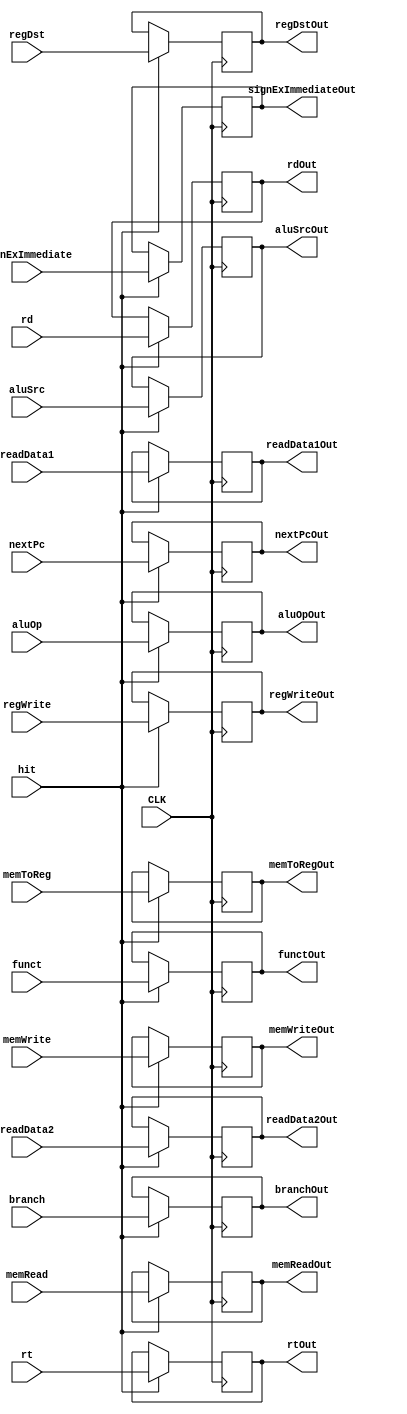
`timescale 1ns / 1ps




module ID_EX(

			input CLK,
			input hit,
			input [31:0] readData1,
			input [31:0] readData2,
			input [31:0] signExImmediate,
			input regDst,
			input aluSrc,
			input memToReg,
			input regWrite,
			input memRead,
			input memWrite,
			input branch,
			input [2:0] aluOp,
			input [4:0] rt,
			input [4:0] rd,
			input [5:0] funct,
			input [31:0] nextPc,
			
			output reg [31:0] readData1Out,
			output reg [31:0] readData2Out,
			output reg [31:0] signExImmediateOut,
			output reg regDstOut,
			output reg aluSrcOut,
			output reg memToRegOut,
			output reg regWriteOut,
			output reg memReadOut,
			output reg memWriteOut,
			output reg branchOut,
			output reg [2:0] aluOpOut,
			output reg [4:0] rtOut,
			output reg [4:0] rdOut,
			output reg [5:0] functOut,
			output reg [31:0] nextPcOut
			);
			
			// initial begin
			// readData1Out = 0 ;
			// readData2Out = 0 ;
			// signExImmediateOut = 0 ;
			// regDstOut = 0 ;
			// aluSrcOut = 0 ;
			// memToRegOut = 0 ;
			// regWriteOut = 0 ;
			// memReadOut = 0 ;
			// memWriteOut = 0 ;
			// branchOut = 0 ;
			// aluOpOut = 0 ;
			// rtOut = 0 ;
			// rdOut = 0 ;
			// functOut = 0 ;
			// 	nextPcOut = 0 ;

			// end

			
			
			always @ (negedge CLK)
				begin
					if (hit) 
						begin
							readData1Out	  <= readData1;
							readData2Out   <= readData2;
							signExImmediateOut		  <= signExImmediate;
							regDstOut <= regDst;
							aluSrcOut      <= aluSrc;
							memToRegOut		  <= memToReg;
							regWriteOut		  <= regWrite;
							memReadOut	     <= memRead;
							memWriteOut		  <= memWrite;
							branchOut 			  <= branch;
							aluOpOut   <= aluOp;
							rtOut 				  <= rt; 
							rdOut 				  <= rd;
							functOut 		  <= funct;
							nextPcOut 		  <= nextPc;
						end
				end
			
			

			
			
			
			
			
			
			
			
			
			
			
			
			







  


endmodule